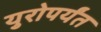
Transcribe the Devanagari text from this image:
युरोपर्यंत